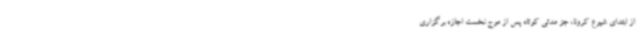
از ابتدای شیوع کرونا، جز مدتی کوتاه پس از موج نخست اجازه برگزاری